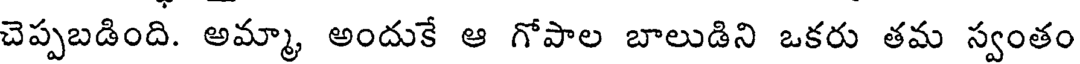
చెప్పబడింది. అమ్మా, అందుకే ఆ గోపాల బాలుడిని ఒకరు తమ స్వంతం